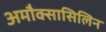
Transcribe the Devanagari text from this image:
अमौक्सासिलिन